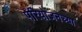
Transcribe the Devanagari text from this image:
परियोजनेच्या